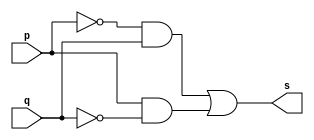
//---------------------
// XOR
//---------------------

module xorgate(output s,
input p,
input q);
assign s = ((~p&q)|(p&~q));
endmodule

module testxorgate;

reg a, b;
wire s;
 
xorgate XORGATE1(s, a, b);

initial begin:start
a=0; b=0;

end

initial begin
$display("Bernardo MP Olimpio - 451542"); 
$display("Test xOR MOGAN");
a=0;b=0;
$monitor("%b & %b = %b", a, b, s); 
#1 a=0; b=0; 
#1 a=0; b=1;
#1 a=1; b=0;
#1 a=1; b=1;
end
endmodule